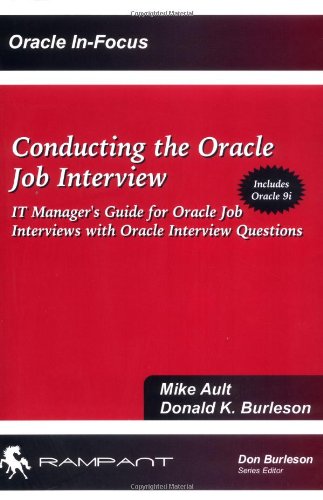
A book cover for Conducting the Oracle Job Interview: IT Manager Guide for Oracle Job Interviews with Oracle Interview Questions (IT Job Interview series); Mike Ault; Computers & Technology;